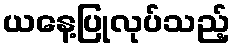
ယနေ့ပြုလုပ်သည့်